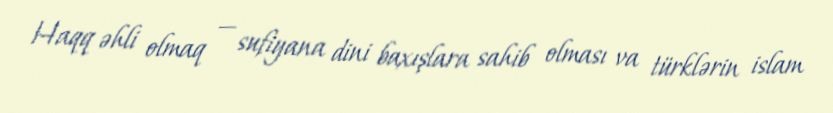
Haqq əhli olmaq — sufiyana dini baxışlara sahib olması va türklərin islam